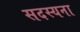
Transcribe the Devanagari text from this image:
सदस्यना